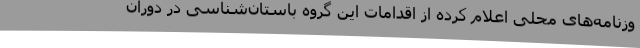
وزنامه‌های محلی اعلام کرده از اقدامات این گروه باستان‌شناسی در دوران